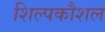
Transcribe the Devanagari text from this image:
शिल्पकौशल